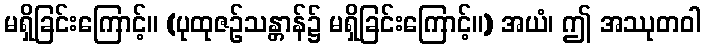
မရှိခြင်းကြောင့်။ (ပုထုဇဉ်သန္တာန်၌ မရှိခြင်းကြောင့်။) အယံ၊ ဤ အဿုတဝါ